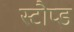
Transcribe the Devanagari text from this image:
स्टौप्ड